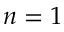
n = 1